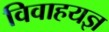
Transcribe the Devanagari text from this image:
विवाहयज्ञ